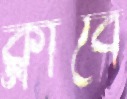
ক্লাবে